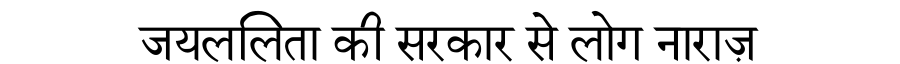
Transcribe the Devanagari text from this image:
जयललिता की सरकार से लोग नाराज़